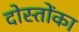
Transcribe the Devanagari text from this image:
दोस्तोंका